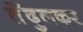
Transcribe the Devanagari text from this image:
तेँदुलकर